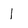
Character: 1